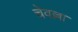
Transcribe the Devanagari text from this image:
चेवल्ला